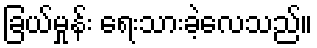
ခြယ်မှုန်း ရေးသားခဲ့လေသည်။